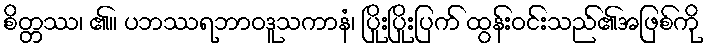
စိတ္တဿ၊ ၏။ ပဘဿရဘာဝဒူသကာနံ၊ ပြိုးပြိုးပြက် ထွန်းဝင်းသည်၏အဖြစ်ကို